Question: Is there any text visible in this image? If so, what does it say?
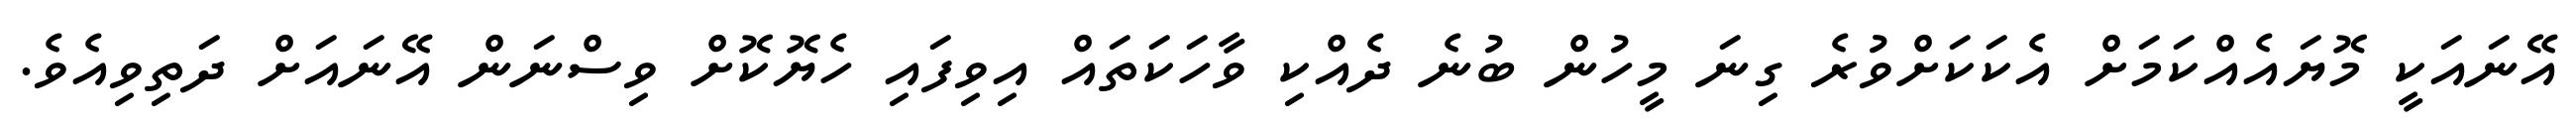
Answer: އޭނައަކީ މޮޔައެއްކަމަށް އެކަކަށްވުރެ ގިނަ މީހުން ބުނެ ދެއްކި ވާހަކަތައް އިވިފައި ހެޔޮކޮށް ވިސްނަން އޭނައަށް ދަތިވިއެވެ.